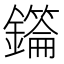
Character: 𮣜